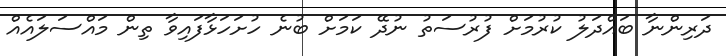
ދަރިންނާ ބައްދަލު ކުރުމަށް ފުރުސަތު ނުދޭ ކަމަށް ބުނެ ހުށަހަޅާފައިވާ ތިން މައްސަލައެއް